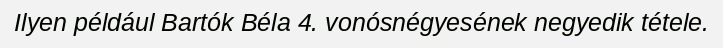
Ilyen például Bartók Béla 4. vonósnégyesének negyedik tétele.